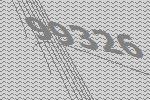
99326